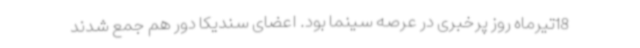
18تیرماه روز پرخبری در عرصه سینما بود. اعضای سندیکا دور هم جمع شدند